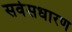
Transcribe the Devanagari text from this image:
सर्वसधारण